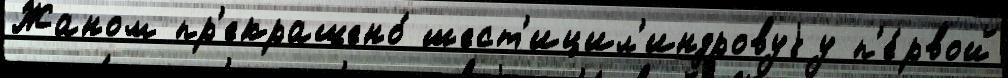
Жаном пр'екращено́ шест'ицил'индровуjу п'е́рвой